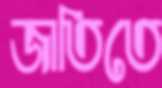
জাতিতে